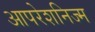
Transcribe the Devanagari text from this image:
आपरेशनिज्म